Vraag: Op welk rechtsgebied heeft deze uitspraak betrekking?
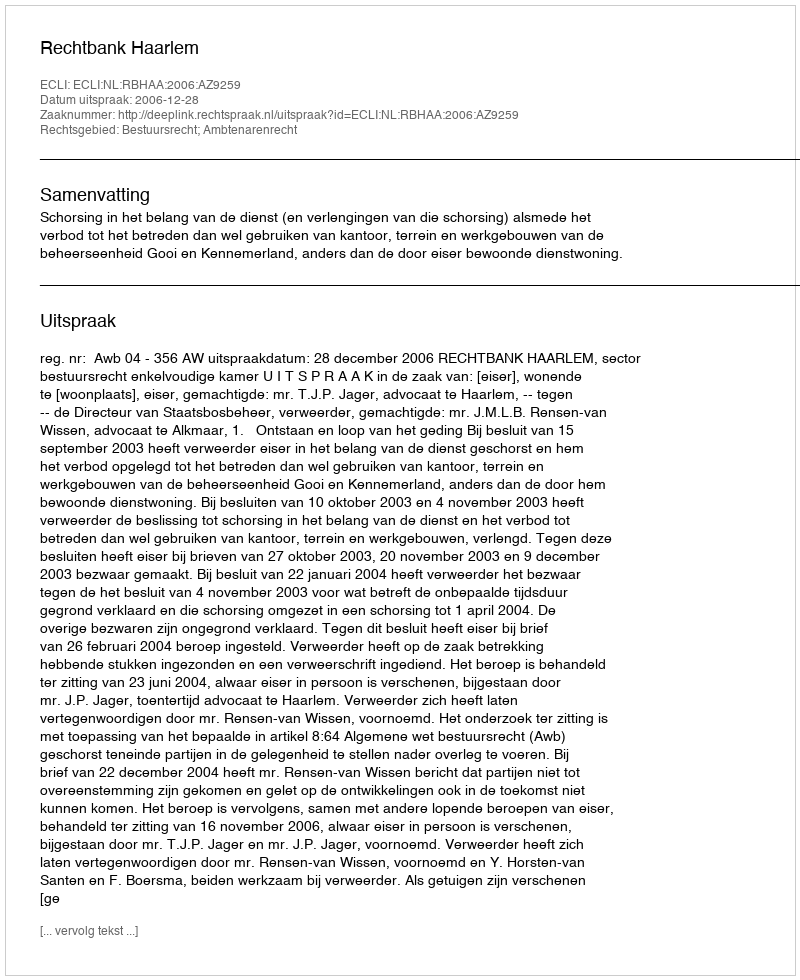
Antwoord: Bestuursrecht; Ambtenarenrecht